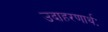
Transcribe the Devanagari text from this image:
उदाहरणार्थः